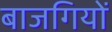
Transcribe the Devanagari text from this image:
बाजगियों